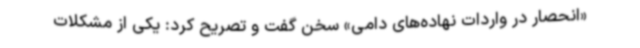
«انحصار در واردات نهاده‌های دامی» سخن گفت و تصریح کرد: یکی از مشکلات